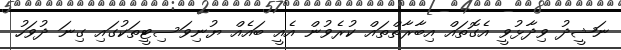
ނަޝީދު ވިދާޅުވީ އެގޮތައް އިބާރާތްތައް ކުރެވުން އެއީ ބައެއް ޔުނިވަސިޓީތަކުގައި ގިނަ ދުވަހު